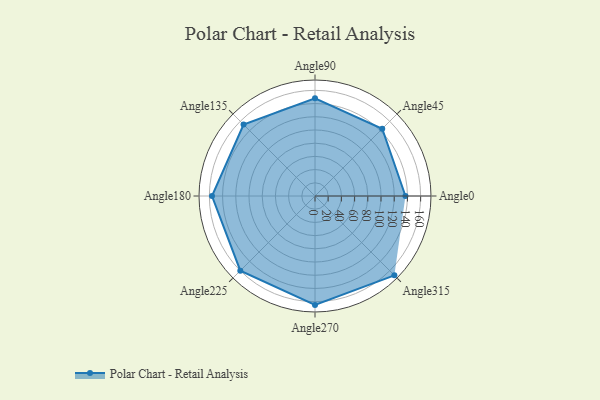
{"axis": {"x": "Angle", "y": "Radius"}, "legend": [""], "data": [{"x": "Angle0", "y": 137.0, "type": ""}, {"x": "Angle45", "y": 144.0, "type": ""}, {"x": "Angle90", "y": 148.0, "type": ""}, {"x": "Angle135", "y": 153.0, "type": ""}, {"x": "Angle180", "y": 156.0, "type": ""}, {"x": "Angle225", "y": 160.0, "type": ""}, {"x": "Angle270", "y": 165.0, "type": ""}, {"x": "Angle315", "y": 170, "type": ""}]}